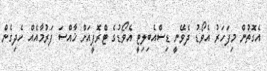
އެގޮތުން މިފަހަރު އެވޯޑު ދެވޭނީ ޑިސްއެބިލިޓީ އެވޯޑުގެ ޓްރޮފީއަށް ޚާއްސަ ފަރުމާއެއް ހެދިގެން